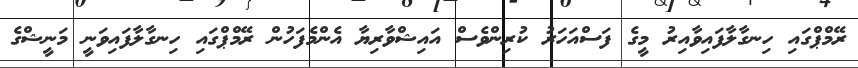
ރޭމްޕްގައި ހިނގާލާފައިވާއިރު މީގެ ފަސްއަހަރު ކުރިންވެސް އައިޝްވާރިޔާ އެންމެފަހުން ރޭމްޕްގައި ހިނގާލާފައިވަނީ މަނީޝްގެ